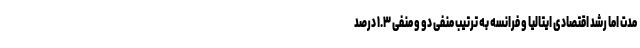
مدت اما رشد اقتصادی ایتالیا و فرانسه به ترتیب منفی دو و منفی ۱.۳ درصد